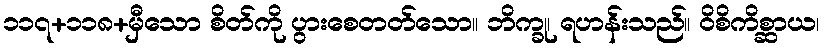
၁၁၇+၁၁၈+မှီသော စိတ်ကို ပွားစေတတ်သော။ ဘိက္ခု၊ ရဟန်းသည်။ ဝိစိကိစ္ဆာယ၊